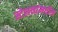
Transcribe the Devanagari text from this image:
स्टेशनांमधील